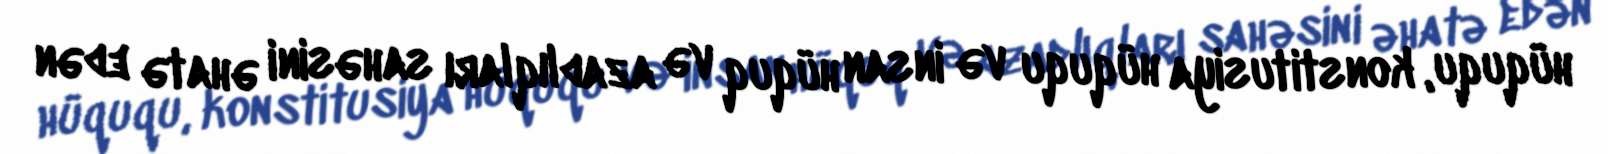
hüququ, konstitusiya hüququ və insan hüquq və azadlıqları sahəsini əhatə edən